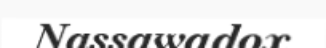
Nassawadox